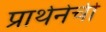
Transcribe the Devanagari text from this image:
प्रार्थनेची